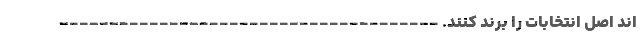
اند اصل انتخابات را برند کنند. --------------------------------------